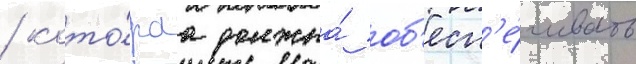
/ кото́раа должна́ об'есп'е́чивать